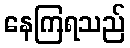
နေကြရသည်